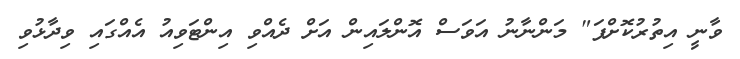
ވާނީ އިތުރުކޮށްފަ" މަންނާނު އަވަސް އޮންލައިން އަށް ދެއްވި އިންޓަވިއު އެއްގައި ވިދާޅުވި